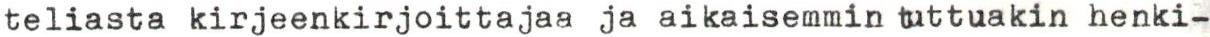
teliasta kirjeenkirjoittajaa ja aikaisemmin tuttuakin henki-